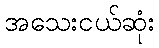
အသေးငယ်ဆုံး